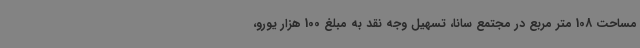
مساحت 108 متر مربع در مجتمع سانا، تسهیل وجه نقد به مبلغ 100 هزار یورو،